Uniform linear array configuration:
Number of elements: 8
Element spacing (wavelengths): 1
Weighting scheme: hamming
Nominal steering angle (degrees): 45
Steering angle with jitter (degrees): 44.467
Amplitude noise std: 0.05
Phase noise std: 0.05

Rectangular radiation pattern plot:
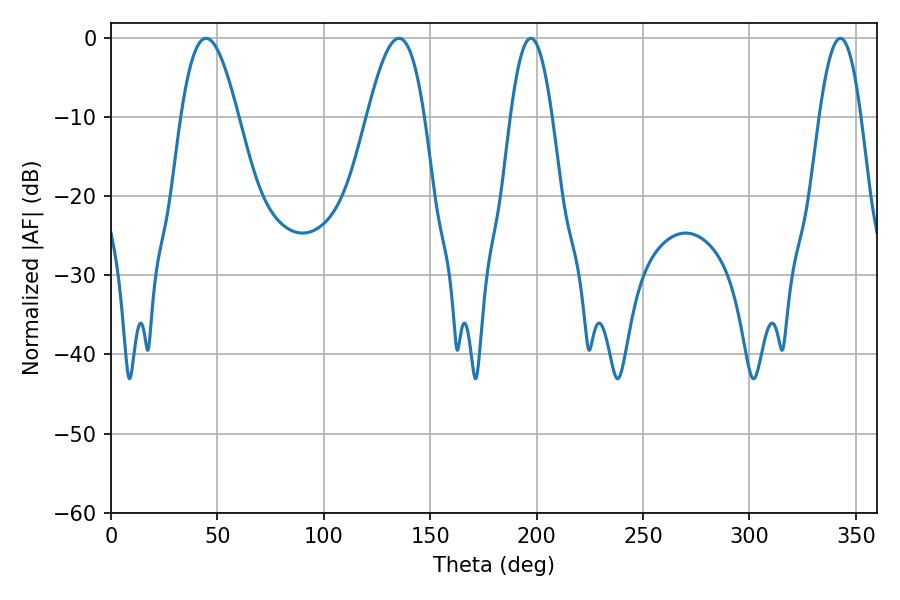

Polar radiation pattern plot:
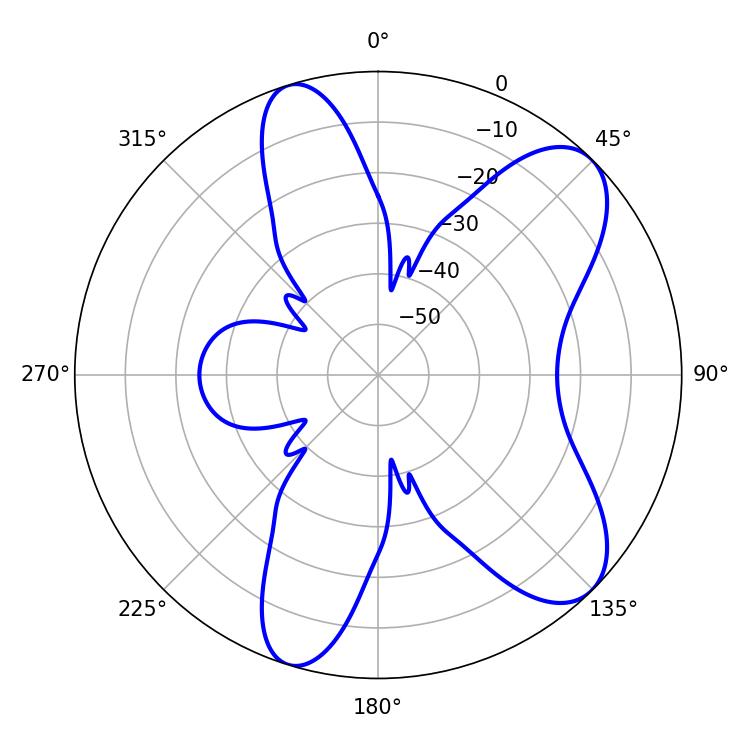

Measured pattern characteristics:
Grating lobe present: TRUE
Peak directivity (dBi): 8.587
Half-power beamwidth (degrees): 10.62
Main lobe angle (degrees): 197.28